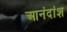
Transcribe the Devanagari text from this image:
आनंदांश